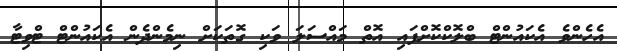
އެހެންވެ އެކައުންޓް ބްލޮކްކޮށްފައި އޮތް މައްސަލަ ވަކި ގޮތަކަށް ނިމެންދެން އެކައުންޓް ޓްވިޓާ